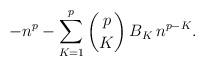
LaTeX: \begin{align*}-n^p - \sum_{K=1}^{p} \binom{p}{K} \, B_K \, n^{p-K}.\end{align*}